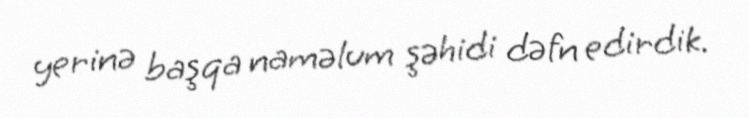
yerinə başqa naməlum şəhidi dəfn edirdik.